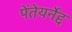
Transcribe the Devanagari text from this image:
पेंतेयर्नेद्द